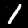
Label: 1